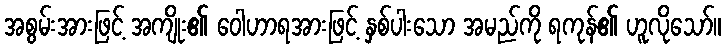
အစွမ်းအားဖြင့် အကျိုး၏ ဝေါဟာရအားဖြင့် နှစ်ပါးသော အမည်ကို ရကုန်၏ ဟူလိုသော်။